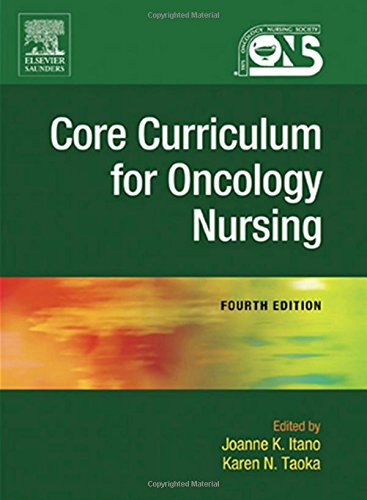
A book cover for Core Curriculum for Oncology Nursing, 4th Edition; Medical Books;